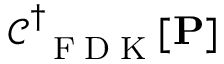
\mathcal C _ { \mathrm { ~ \tiny ~ F ~ D ~ K ~ } } ^ { \dagger } [ \mathbf { P } ]